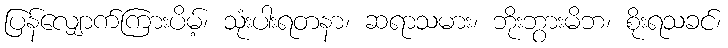
ပြန်လျှောက်ကြားပိမ့်၊ သုံးပါးရတနာ၊ ဆရာသမား၊ ဘိုးဘွားမိဘ၊ စိုးရသခင်၊